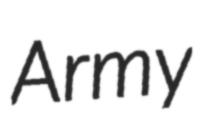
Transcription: Army